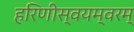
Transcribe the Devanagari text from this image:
हरिणीस्वयम्वरम्